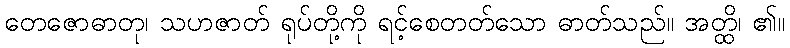
တေဇောဓာတု၊ သဟဇာတ် ရုပ်တို့ကို ရင့်စေတတ်သော ဓာတ်သည်။ အတ္ထိ၊ ၏။